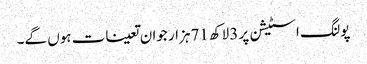
پولنگ اسٹیشن پر 3لاکھ 71ہزار جوان تعینات ہوں گے۔